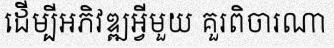
ដើម្បីអភិវឌ្ឍអ្វីមួយ គួរពិចារណា